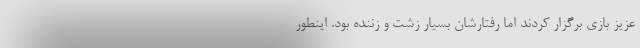
عزیز بازی برگزار کردند اما رفتارشان بسیار زشت و زننده بود. اینطور